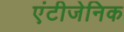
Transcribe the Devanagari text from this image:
एंटीजेनिक